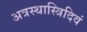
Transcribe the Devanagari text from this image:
अत्रस्थास्त्रिदिवं